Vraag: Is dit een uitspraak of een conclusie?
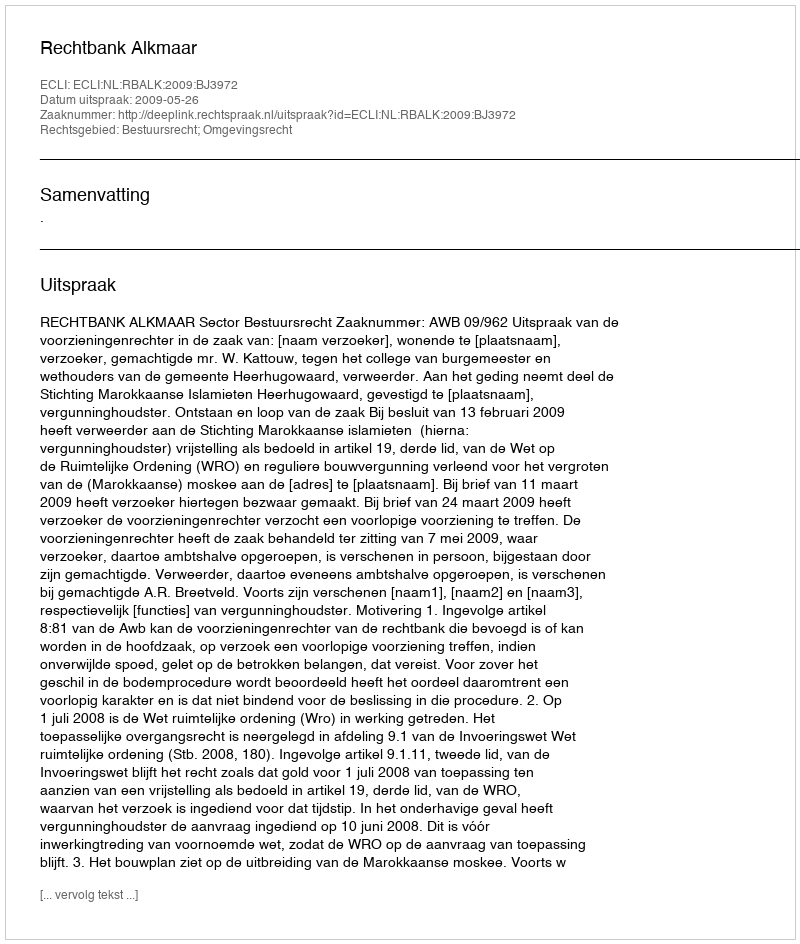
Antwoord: Uitspraak